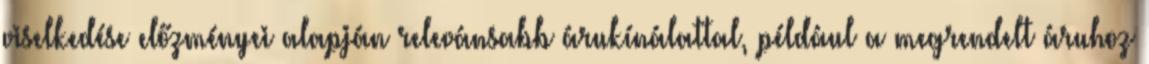
viselkedése előzményei alapján relevánsabb árukínálattal, például a megrendelt áruhoz